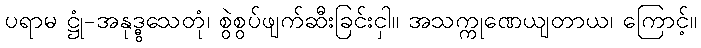
ပရာမ ဋ္ဌုံ-အနုဒ္ဓွသေတုံ၊ စွဲစွပ်ဖျက်ဆီးခြင်းငှါ။ အသက္ကုဏေယျတာယ၊ ကြောင့်။